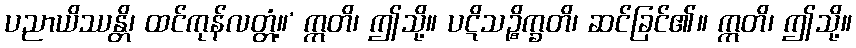
ပညာယိဿန္တိ၊ ထင်ကုန်လတ္တံ့။’ ဣတိ၊ ဤသို့။ ပဋိသဉ္စိက္ခတိ၊ ဆင်ခြင်၏။ ဣတိ၊ ဤသို့။